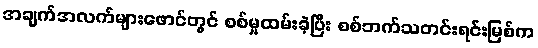
အချက်အလက်များဖောင်တွင် စစ်မှုထမ်းခဲ့ပြီး စစ်ဘက်သတင်းရင်းမြစ်က